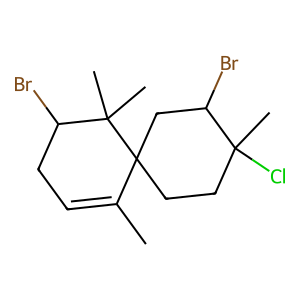
SMILES: CC1=CCC(Br)C(C)(C)C12CCC(C)(Cl)C(Br)C2
Inhibits HIV replication: No